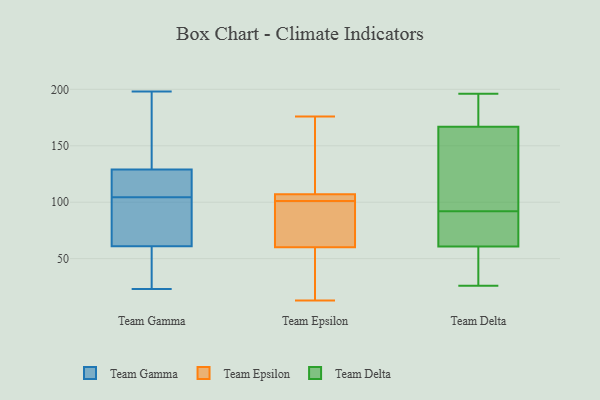
{"axis": {"x": "Bounce Rate (%)", "y": "Value"}, "legend": ["Team Delta", "Team Epsilon", "Team Gamma"], "data": [{"x": "", "y": 61, "type": "Team Gamma"}, {"x": "", "y": 127, "type": "Team Gamma"}, {"x": "", "y": 23, "type": "Team Gamma"}, {"x": "", "y": 79, "type": "Team Gamma"}, {"x": "", "y": 126, "type": "Team Gamma"}, {"x": "", "y": 198, "type": "Team Gamma"}, {"x": "", "y": 98, "type": "Team Gamma"}, {"x": "", "y": 146, "type": "Team Gamma"}, {"x": "", "y": 41, "type": "Team Gamma"}, {"x": "", "y": 111, "type": "Team Gamma"}, {"x": "", "y": 39, "type": "Team Gamma"}, {"x": "", "y": 129, "type": "Team Gamma"}, {"x": "", "y": 150, "type": "Team Gamma"}, {"x": "", "y": 79, "type": "Team Gamma"}, {"x": "", "y": 105, "type": "Team Epsilon"}, {"x": "", "y": 60, "type": "Team Epsilon"}, {"x": "", "y": 13, "type": "Team Epsilon"}, {"x": "", "y": 105, "type": "Team Epsilon"}, {"x": "", "y": 97, "type": "Team Epsilon"}, {"x": "", "y": 107, "type": "Team Epsilon"}, {"x": "", "y": 176, "type": "Team Epsilon"}, {"x": "", "y": 43, "type": "Team Epsilon"}, {"x": "", "y": 85, "type": "Team Epsilon"}, {"x": "", "y": 139, "type": "Team Epsilon"}, {"x": "", "y": 55, "type": "Team Delta"}, {"x": "", "y": 92, "type": "Team Delta"}, {"x": "", "y": 78, "type": "Team Delta"}, {"x": "", "y": 41, "type": "Team Delta"}, {"x": "", "y": 127, "type": "Team Delta"}, {"x": "", "y": 196, "type": "Team Delta"}, {"x": "", "y": 117, "type": "Team Delta"}, {"x": "", "y": 51, "type": "Team Delta"}, {"x": "", "y": 87, "type": "Team Delta"}, {"x": "", "y": 91, "type": "Team Delta"}, {"x": "", "y": 107, "type": "Team Delta"}, {"x": "", "y": 26, "type": "Team Delta"}, {"x": "", "y": 180, "type": "Team Delta"}, {"x": "", "y": 183, "type": "Team Delta"}, {"x": "", "y": 184, "type": "Team Delta"}]}